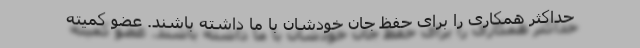
حداکثر همکاری را برای حفظ جان خودشان با ما داشته باشند. عضو کمیته